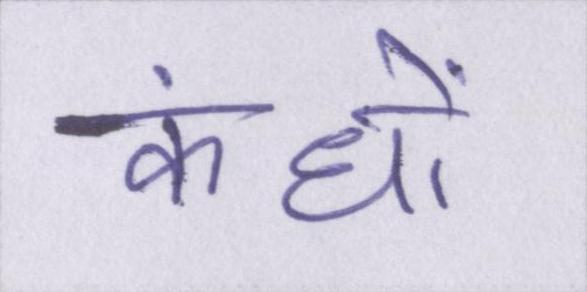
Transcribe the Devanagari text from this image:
कंधों